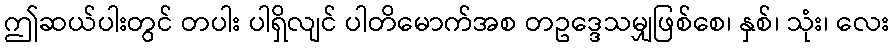
ဤဆယ်ပါးတွင် တပါး ပါရှိလျင် ပါတိမောက်အစ တဥဒ္ဒေသမျှဖြစ်စေ၊ နှစ်၊ သုံး၊ လေး